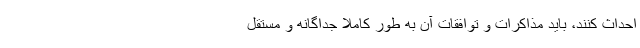
احداث کنند، باید مذاکرات و توافقات آن به طور کاملاً جداگانه و مستقل